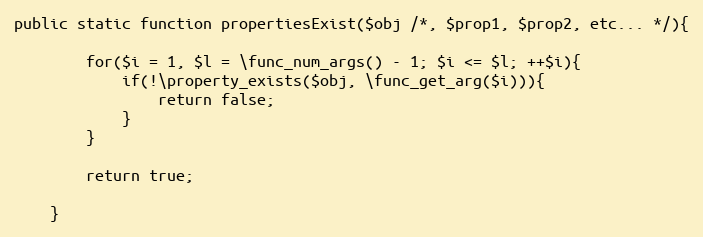
Language: PHP
public static function propertiesExist($obj /*, $prop1, $prop2, etc... */){

		for($i = 1, $l = \func_num_args() - 1; $i <= $l; ++$i){
			if(!\property_exists($obj, \func_get_arg($i))){
				return false;
			}
		}

		return true;

	}